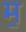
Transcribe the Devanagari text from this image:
म॒